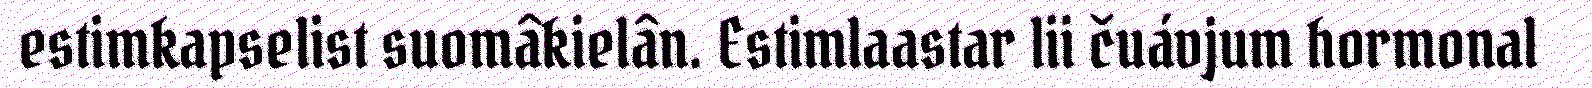
estimkapselist suomâkielân. Estimlaastar lii čuávjum hormonal